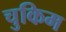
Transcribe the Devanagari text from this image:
चुकिम